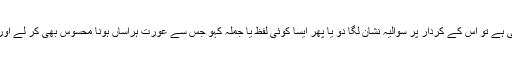
یہ وطیرہ ہے کہ اگر کوئی عورت آواز رکھتی ہے تو اس کے کردار پر سوالیہ نشان لگا دو یا پھر ایسا کوئی لفظ یا جملہ کہو جس سے عورت ہراساں ہونا محسوس بھی کر لے اور بعد میں کہہ سکو میرا مطلب وہ نہیں یہ تھا۔